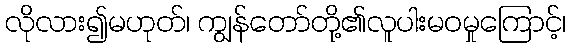
လိုလား၍မဟုတ်၊ ကျွန်တော်တို့၏လူပါးမဝမှုကြောင့်၊